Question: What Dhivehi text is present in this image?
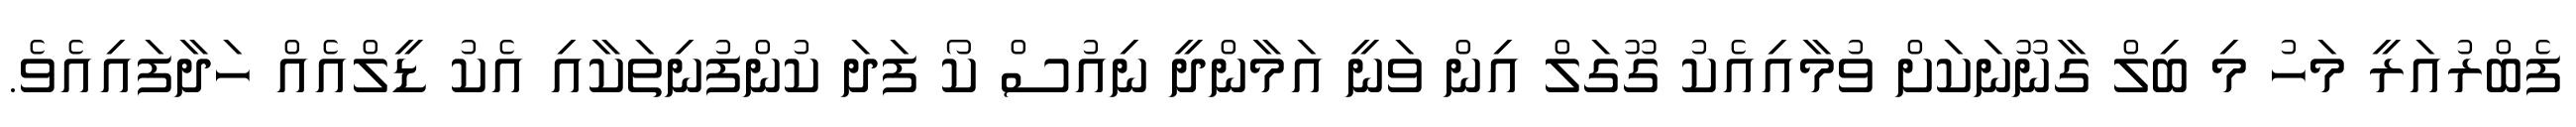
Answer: ފެބްރުއަރީ މަހު މި ބިލް ގާނޫނަކަށް ވުމާއިއެކު ގޫގަލް އިން ވަނީ އަމާންދީ ނިއުސް ކޯ ފަދަ ކުންފުނިތަކާއި އެކު ޑީލްއެއް ހަދާފައިއެވެ.